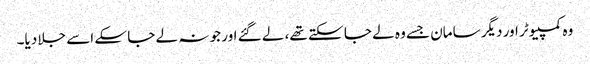
وہ کمپیوٹر اور دیگر سامان جسے وہ لے جا سکتے تھے، لے گئے اور جو نہ لے جا سکے اسے جلا دیا۔